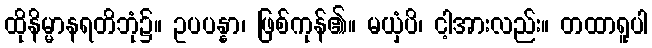
ထိုနိမ္မာနရတိဘုံ၌။ ဥပပန္နာ၊ ဖြစ်ကုန်၏။ မယှံပိ၊ ငါ့အားလည်း။ တထာရူပါ